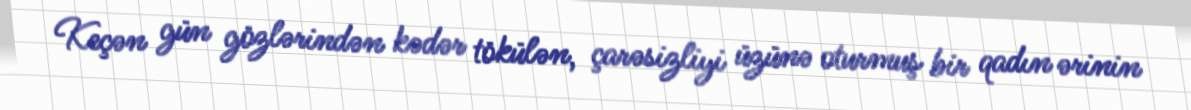
Keçən gün gözlərindən kədər tökülən, çarəsizliyi üzünə oturmuş bir qadın ərinin